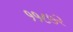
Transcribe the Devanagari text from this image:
११८७२